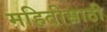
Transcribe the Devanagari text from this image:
महितीसाठी